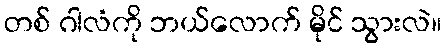
တစ် ဂါလံကို ဘယ်လောက် မိုင် သွားလဲ။